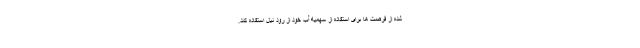
شده از فرصت ها برای استفاده از سهمیه آب خود از رود نیل استفاده کند.